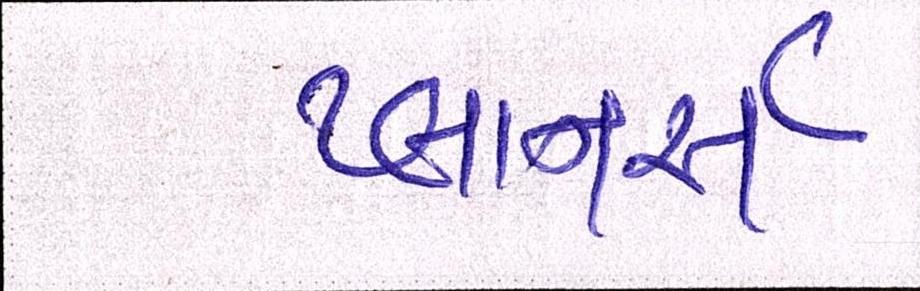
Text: પ્લાનર્સ